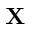
\mathbf { X }